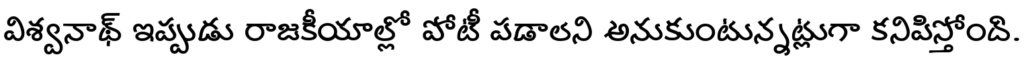
విశ్వనాథ్ ఇప్పుడు రాజకీయాల్లో పోటీ పడాలని అనుకుంటున్నట్లుగా కనిపిస్తోంది.